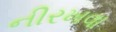
નીરખવા